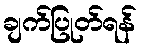
ချက်ပြုတ်ရန်